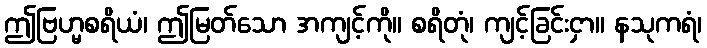
ဤဗြဟ္မစရိယံ၊ ဤမြတ်သော အကျင့်ကို။ စရိတုံ၊ ကျင့်ခြင်းငှာ။ နသုကရံ၊